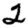
Digit: 2